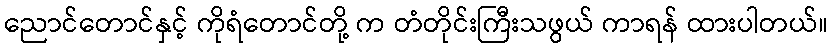
ညောင်တောင်နှင့် ကိုရံတောင်တို့ က တံတိုင်းကြီးသဖွယ် ကာရန် ထားပါတယ်။